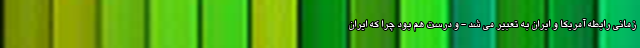
زمانی رابطه آمریکا و ایران به تعبیر می شد - و درست هم بود چرا که ایران